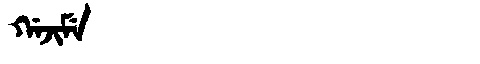
Manchu: ᡤᠠᠵᡳᠮᡝ
Romanization: GAJIME